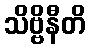
သိဗ္ဗိနီတိ